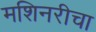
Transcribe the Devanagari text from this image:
मशिनरीचा